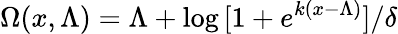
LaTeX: \Omega(x,\Lambda)=\Lambda+\log{[1+e^{k(x-\Lambda)}]}/\delta